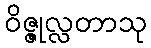
ဝိဇ္ဇုလ္လတာသု